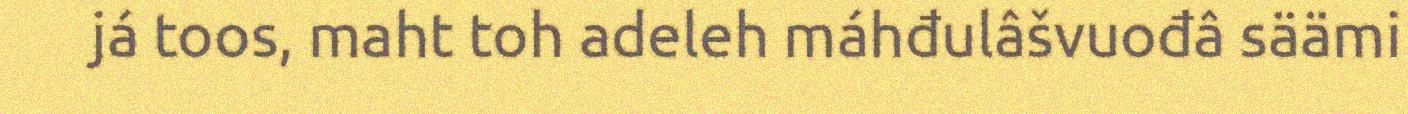
já toos, maht toh adeleh máhđulâšvuođâ säämi